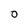
Character: O